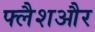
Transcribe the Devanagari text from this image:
फ्लैशऔर